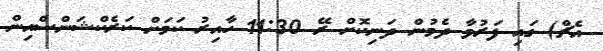
އެޗް) ގައި ފަރުވާ ދެމުން ދަނިކޮށް ރޭ 11:30 ހާއިރު ކަމަށް ކަރެކްޝަންސްއިން